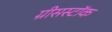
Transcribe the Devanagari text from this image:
ग्रीसस्टॉक